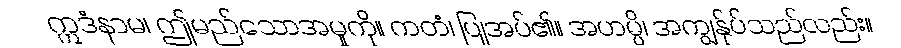
ဣဒံနာမ၊ ဤမည်သောအမှုကို။ ကတံ၊ ပြုအပ်၏။ အဟမ္ပိ၊ အကျွန်ုပ်သည်လည်း။